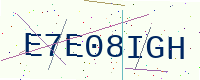
Text: E7E08IGH